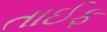
તાઈફ